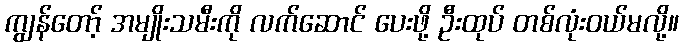
ကျွန်တော့် အမျိုးသမီးကို လက်ဆောင် ပေးဖို့ ဦးထုပ် တစ်လုံးဝယ်မလို့။